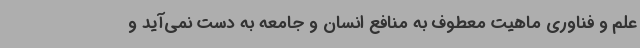
علم و فناوری ماهیت معطوف به منافع انسان و جامعه به دست نمی‌آید و